Report on vaccination North-West Frontier Province 1904-1922 - 1904-1922
Year: 1904
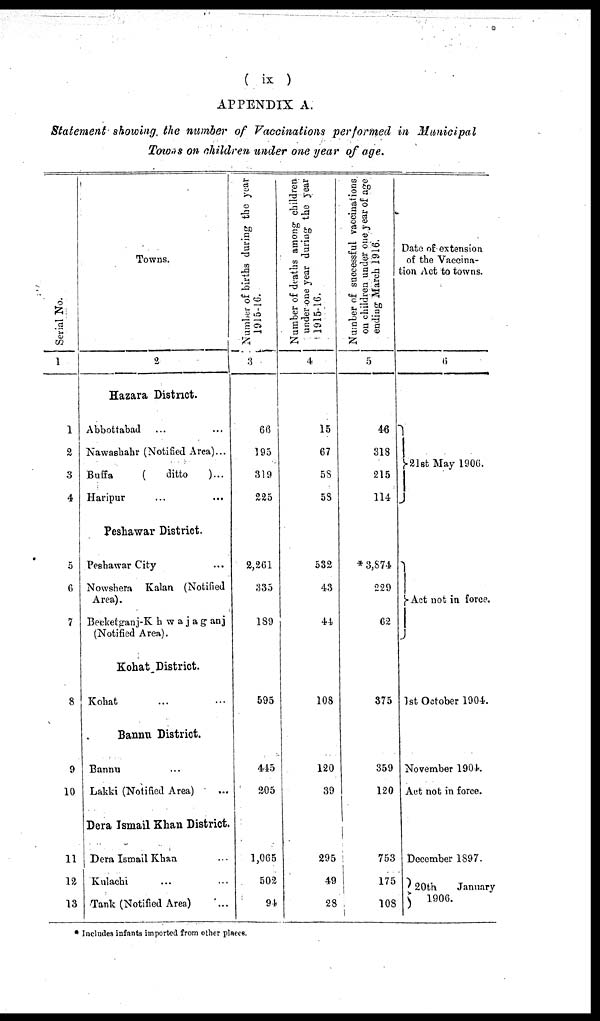
( ix )
APPENDIX A.
Statement showing the number of Vaccinations performed in Municipal
Towns on children under one year of age.
Serial No.
1
1
2
3
4
5
6
7
8
9
10
11
12
13
Towns.
2
Hazara District.
Abbottabad ... ...
Nawashahr (Notified Area)...
Buffa
(
ditto
)...
Haripur ... ...
Peshawar District.
Peshawar City ... ...
Nowshera Kalan (Notified
Area).
Becketganj-Khwajaganj
(Notified Area).
Kohat District.
Kohat ... ...
Bannu District.
Bannu ... ...
Lakki (Notified Area) ...
Dera Ismail Khan District.
Dera Ismail Khan
Kulachi ... ...
Tank (Notified Area)
Number of births during the year
1915-16.
3
66
195
319
225
2,261
335
189
595
445
205
1,065
502
94
Number of deaths among children
under one year during the year
1915-16.
4
15
67
58
58
532
43
44
108
120
39
295
49
28
Number of successful vaccinations
on children under one year of age
ending March 1916.
5
46
318
215
114
* 3,874
229
62
375
359
120
753
175
108
Date of extension
of the Vaccina-
tion Act to towns.
6
21st May 1906.
Act not in force.
1st October 1904.
November 1904.
Act not in force.
December 1897.
20th
January
1906.
* Includes infants imported from other places.